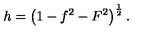
h = \left( 1 - f ^ { 2 } - F ^ { 2 } \right) ^ { \frac { 1 } { 2 } } .